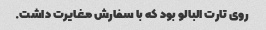
روی تارت البالو بود که با سفارش مغایرت داشت.